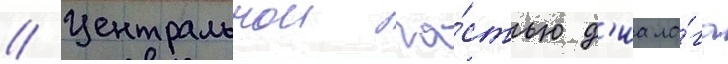
// Центральнои ча́стью д'иало́га